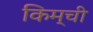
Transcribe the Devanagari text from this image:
किम्ची